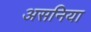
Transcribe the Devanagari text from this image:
असनिया